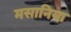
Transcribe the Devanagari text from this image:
मसानिया